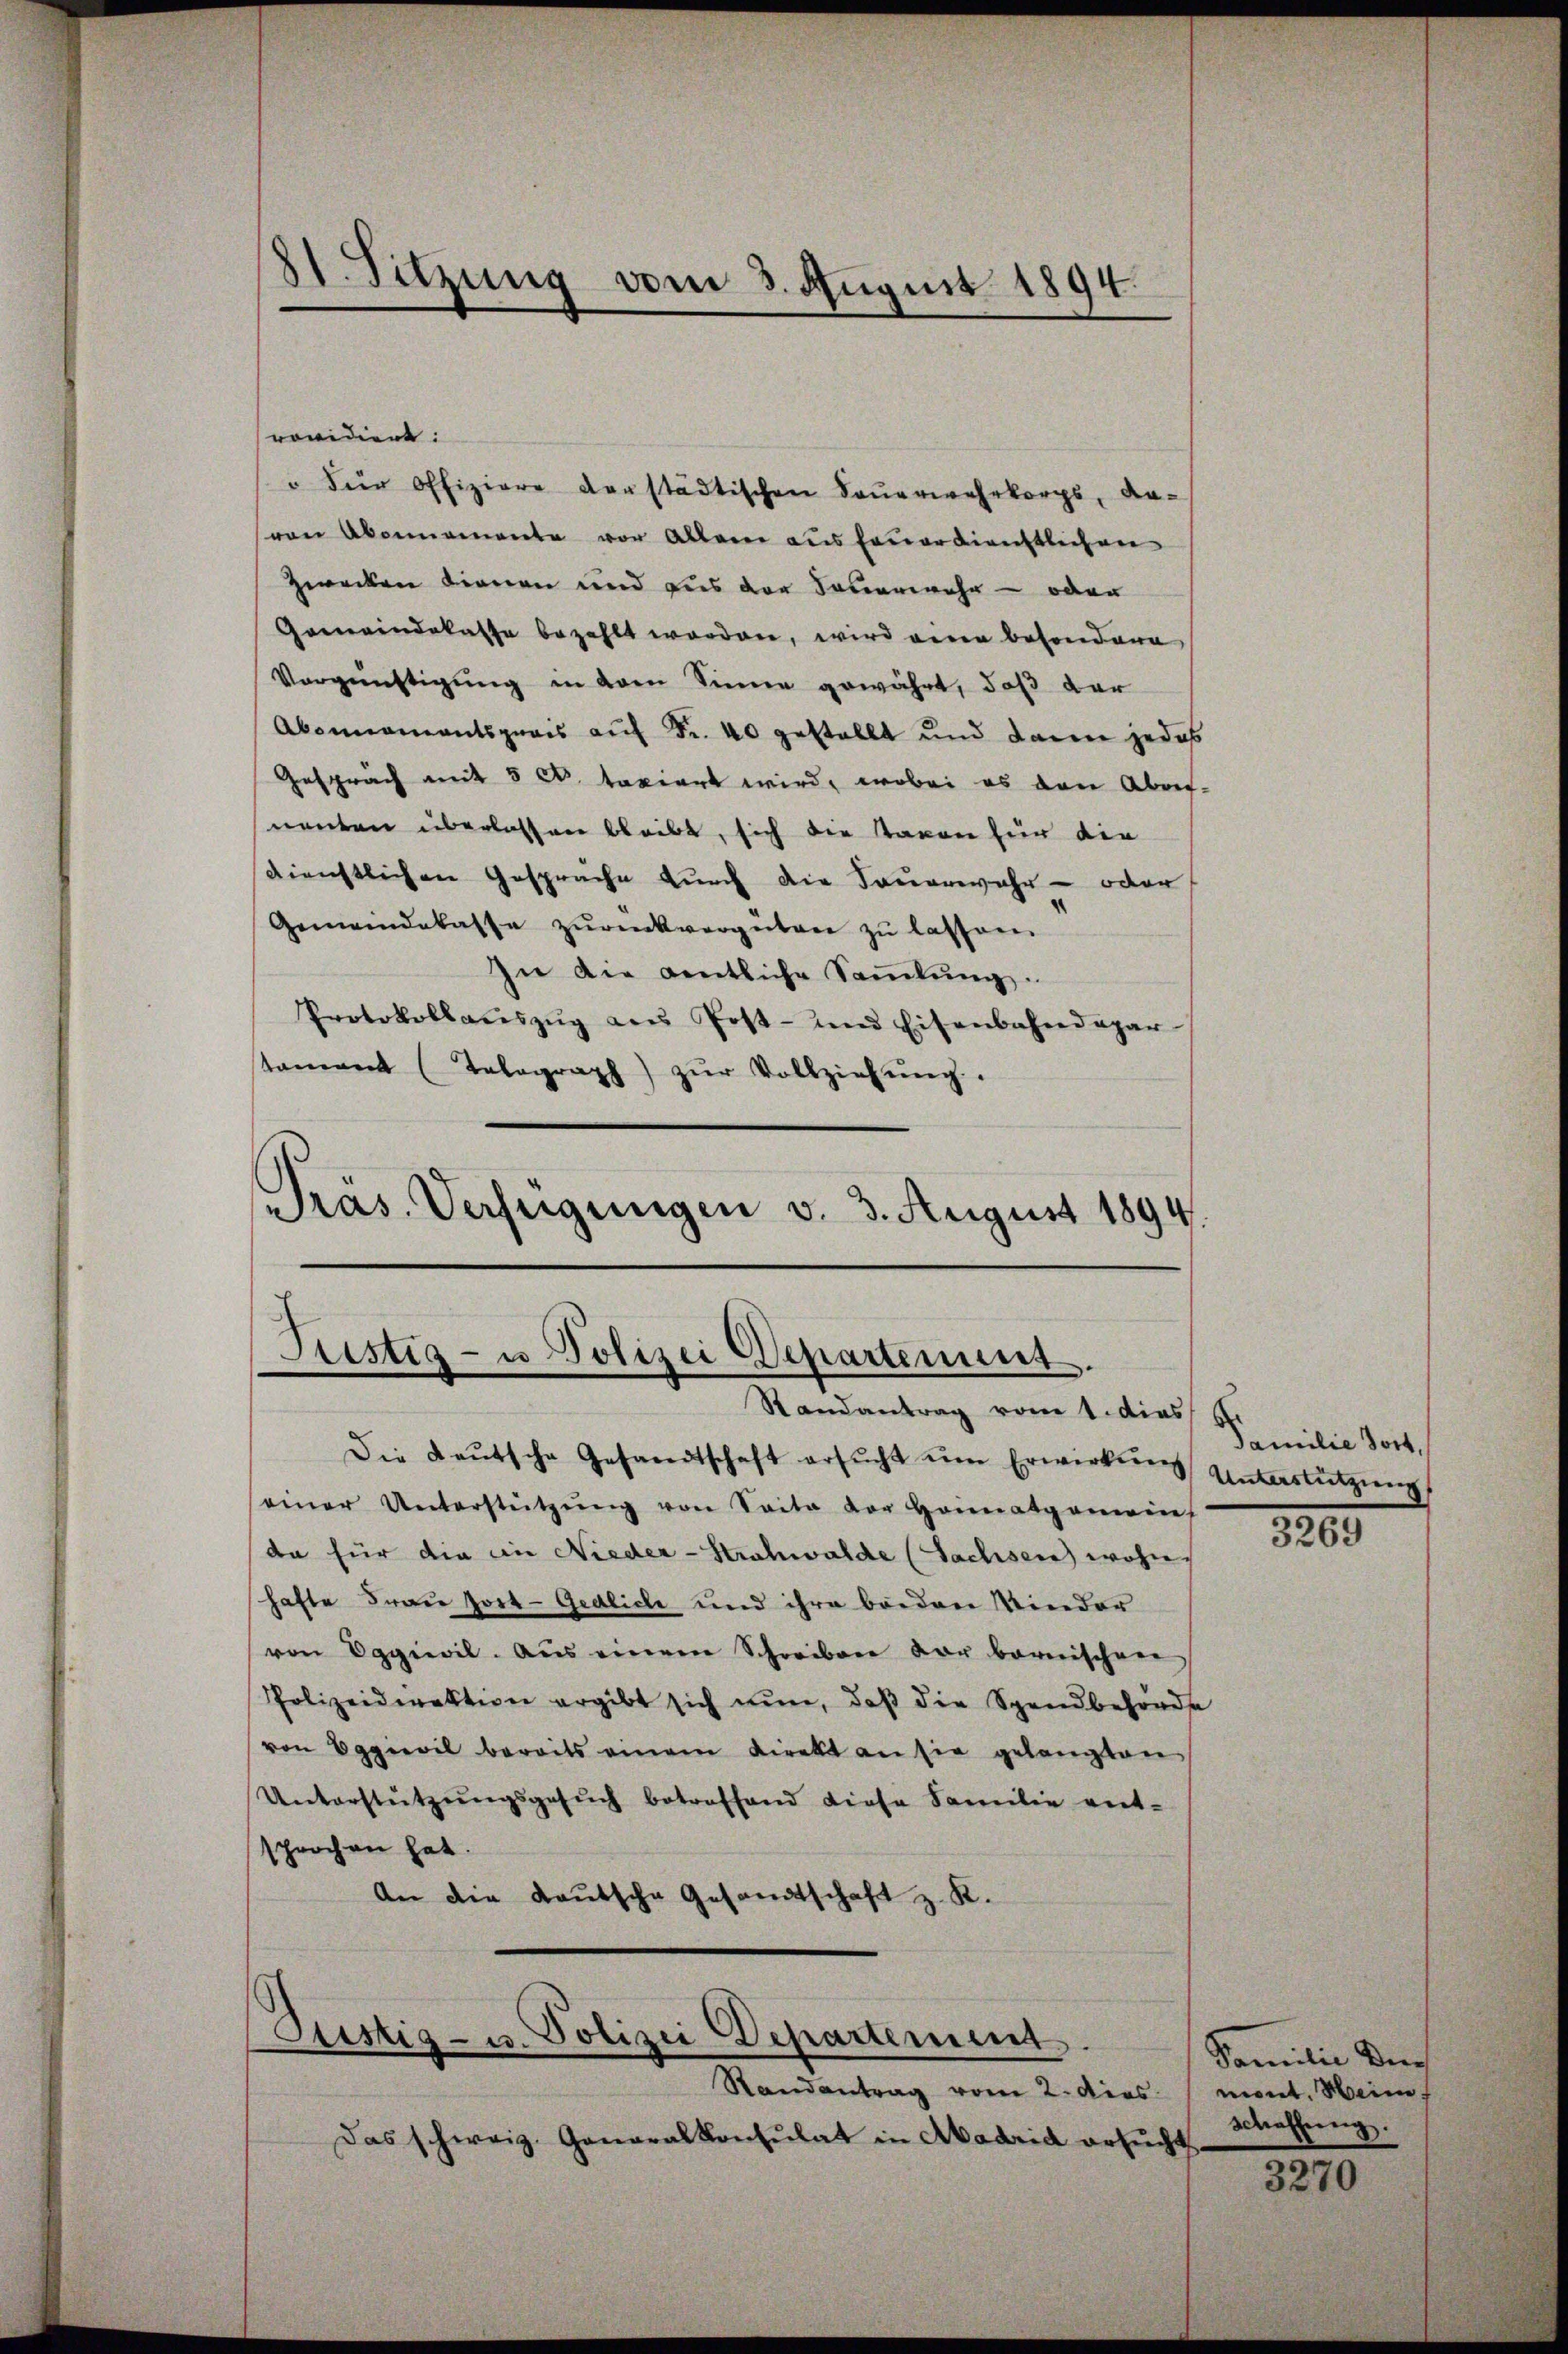
81. Sitzung vom 3. August 1894.

ronidiert:
"Für Offiziere derstädtischen Feŭerwehrkorps, da-
von Abonnemente vor Allem aus feuerdienstlichen
Zwecken dienen und dies der Taverwehr- oder
Gemeindekasse bezahlt worden, wird eine besondere
Vergünstigung in dem Sinne gewährt, daß der
Abonnementsprais auf Fr. 40 gestellt und dann jedes
Gespräch mit 5 c. taxiert wird, wobei es den Abrif-
nenten überlassen bleibt, sich die Paren für die
sdienstlichen Gespräche durch die Feuerwahr - oder
Gemeindekasse zŭrückvergeben zŭ lassen.
In die gentliche Sammlung.
Protokollaŭszŭg aŭs Post- und Eisenbahndepar
tamant (Telegraph) zŭr Vollziehŭng.
Präs. Verfügungen v. 3. August 1894.

Prestig- u Polizei Departement.
Randantrag vom 1. dies

Die Leŭtsche Gesandtschaft ersŭcht ŭm Erwirkung Unterstützŭng
seiner Unterstützŭng von Seite der Heimatgemein
da für die in Nieder-Strohwalde (Sachsen wohn
hafte Frau Jort-Gedlich und ihre beiden Kinder
von Eggiwil. Aus einem Schreiben der bernischen
Polizeidirektion ergibt sich nun, daß die Spandbehörde
von Eggievil bereits einem Direkt an sie gelangten
Unterstützungsgesuch betreffend diese Familie ent-
sprochen hat.
An die Kautsche Gesandtschaft z. K.

Justiz- u. Polizei Departement

Randantrag vom 2. dies
Das schweiz. Generalkonsulat in Aadrid ersŭcht,

Familie dort,

3200.

Familie der
mont. Heim,
Schaffung.

3270